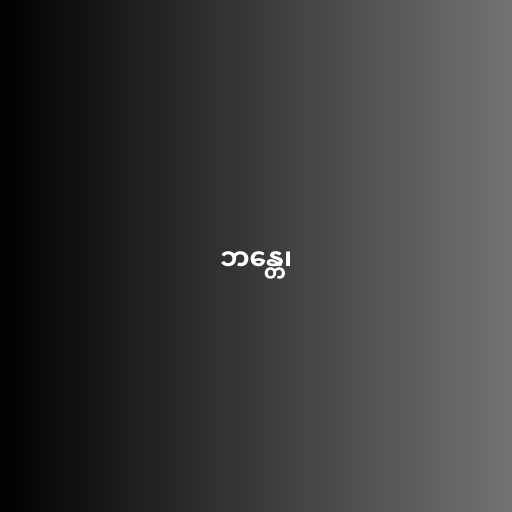
ဘန္တေ၊